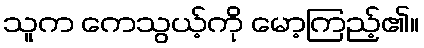
သူက ကေသွယ့်ကို မော့ကြည့်၏။